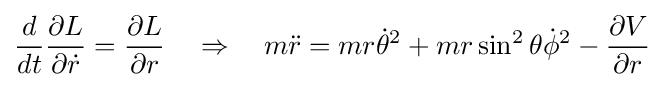
{\frac {d}{dt}}{\frac {\partial L}{\partial {\dot {r}}}}={\frac {\partial L}{\partial r}}\quad \Rightarrow \quad m{\ddot {r}}=mr{\dot {\theta }}^{2}+mr\sin ^{2}\theta {\dot {\phi }}^{2}-{\frac {\partial V}{\partial r}}